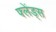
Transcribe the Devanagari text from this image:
फ्लेंड्स